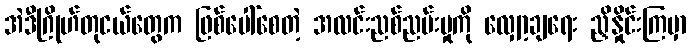
အဲဒီဂြိုဟ်တုငယ်တွေက ဖြစ်ပေါ်စေတဲ့ အလင်းညစ်ညမ်းမှုကို လျှော့ချရေး ညှိနှိုင်းကြမှာ